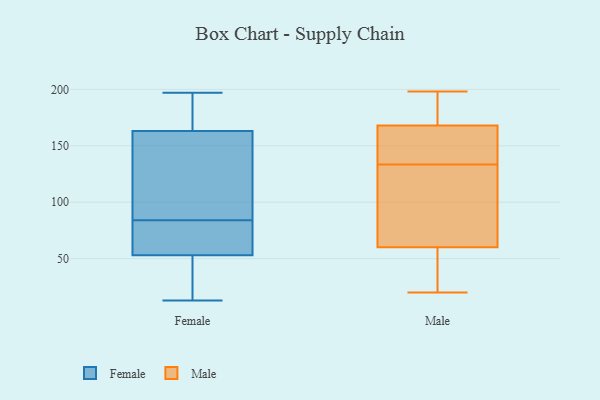
{"axis": {"x": "Bounce Rate (%)", "y": "Value"}, "legend": ["Female", "Male"], "data": [{"x": "", "y": 174, "type": "Female"}, {"x": "", "y": 13, "type": "Female"}, {"x": "", "y": 54, "type": "Female"}, {"x": "", "y": 53, "type": "Female"}, {"x": "", "y": 25, "type": "Female"}, {"x": "", "y": 55, "type": "Female"}, {"x": "", "y": 152, "type": "Female"}, {"x": "", "y": 93, "type": "Female"}, {"x": "", "y": 124, "type": "Female"}, {"x": "", "y": 178, "type": "Female"}, {"x": "", "y": 75, "type": "Female"}, {"x": "", "y": 24, "type": "Female"}, {"x": "", "y": 197, "type": "Female"}, {"x": "", "y": 163, "type": "Female"}, {"x": "", "y": 109, "type": "Male"}, {"x": "", "y": 143, "type": "Male"}, {"x": "", "y": 20, "type": "Male"}, {"x": "", "y": 198, "type": "Male"}, {"x": "", "y": 146, "type": "Male"}, {"x": "", "y": 85, "type": "Male"}, {"x": "", "y": 21, "type": "Male"}, {"x": "", "y": 153, "type": "Male"}, {"x": "", "y": 190, "type": "Male"}, {"x": "", "y": 80, "type": "Male"}, {"x": "", "y": 195, "type": "Male"}, {"x": "", "y": 131, "type": "Male"}, {"x": "", "y": 136, "type": "Male"}, {"x": "", "y": 36, "type": "Male"}, {"x": "", "y": 40, "type": "Male"}, {"x": "", "y": 183, "type": "Male"}]}